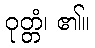
ဝုတ္တံ၊ ၏။